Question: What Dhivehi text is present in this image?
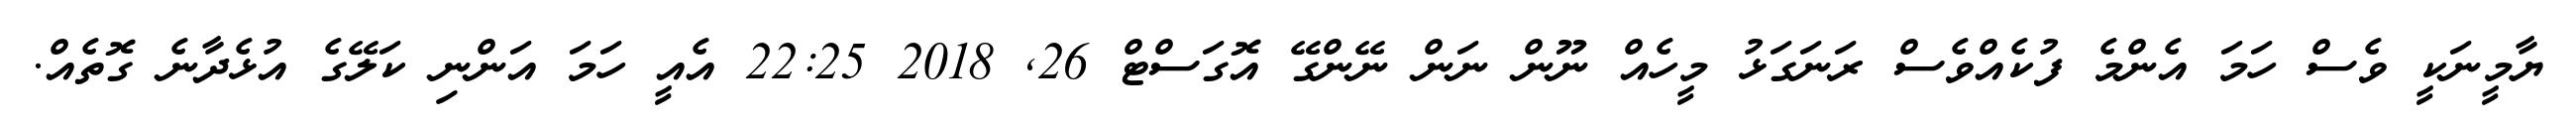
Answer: ޔާމީނަކީ ވެސް ހަމަ އެންމެ ފުކެއްވެސް ރަނަގަޅު މީހެއް ނޫން ނަން ނޭންގޭ އޮގަސްޓް 26, 2018 22:25 އެއީ ހަމަ އަންނި ކަލޭގެ އުޅެދާނެ ގޮތެއް.